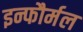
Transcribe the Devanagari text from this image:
इन्फौर्मल